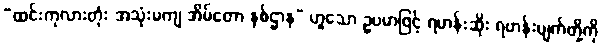
“ထင်းကုလားတုံး အသုံးမကျ အိမ်တော နှစ်ဌာန” ဟူသော ဥပမာဖြင့် ရဟန်းဆိုး ရဟန်းပျက်တို့ကို